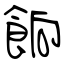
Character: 餉